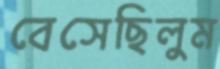
বেসেছিলুম